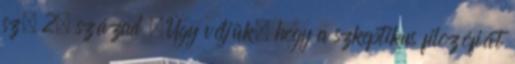
sz. 2. század „Úgy véljük, hogy a szkeptikus filozófiát